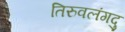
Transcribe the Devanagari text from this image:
तिरुवलंगदु